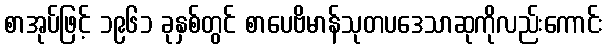
စာအုပ်ဖြင့် ၁၉၆၁ ခုနှစ်တွင် စာပေဗိမာန်သုတပဒေသာဆုကိုလည်းကောင်း